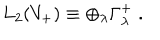
LaTeX: L _ { 2 } ( V _ { + } ) \equiv \oplus _ { \lambda } \Gamma _ { \lambda } ^ { + } \; .